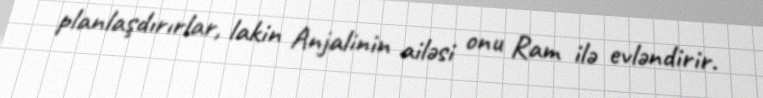
planlaşdırırlar, lakin Anjalinin ailəsi onu Ram ilə evləndirir.